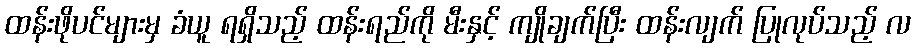
ထန်းဖိုပင်များမှ ခံယူ ရရှိသည့် ထန်းရည်ကို မီးနှင့် ကျိုချက်ပြီး ထန်းလျက် ပြုလုပ်သည့် လ